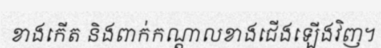
ខាងកើត និងពាក់កណ្តាលខាងជើងឡើងវិញ។